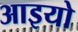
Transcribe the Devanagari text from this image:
आइयो